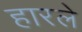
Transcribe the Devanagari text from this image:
हारले